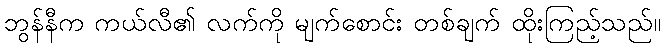
ဘွန်နီက ကယ်လီ၏ လက်ကို မျက်စောင်း တစ်ချက် ထိုးကြည့်သည်။